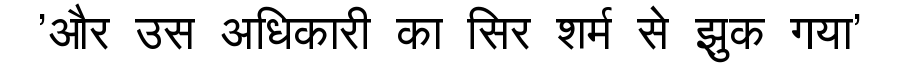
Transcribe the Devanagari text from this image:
'और उस अधिकारी का सिर शर्म से झुक गया'